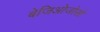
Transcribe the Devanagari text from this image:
बेजिओजोसो